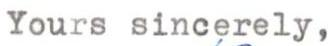
Yours sincerely,